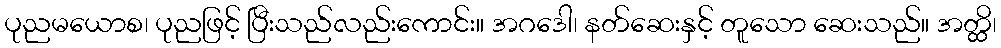
ပုညမယောစ၊ ပုညဖြင့် ပြီးသည်လည်းကောင်း။ အဂဒေါ၊ နတ်ဆေးနှင့် တူသော ဆေးသည်။ အတ္ထိ၊